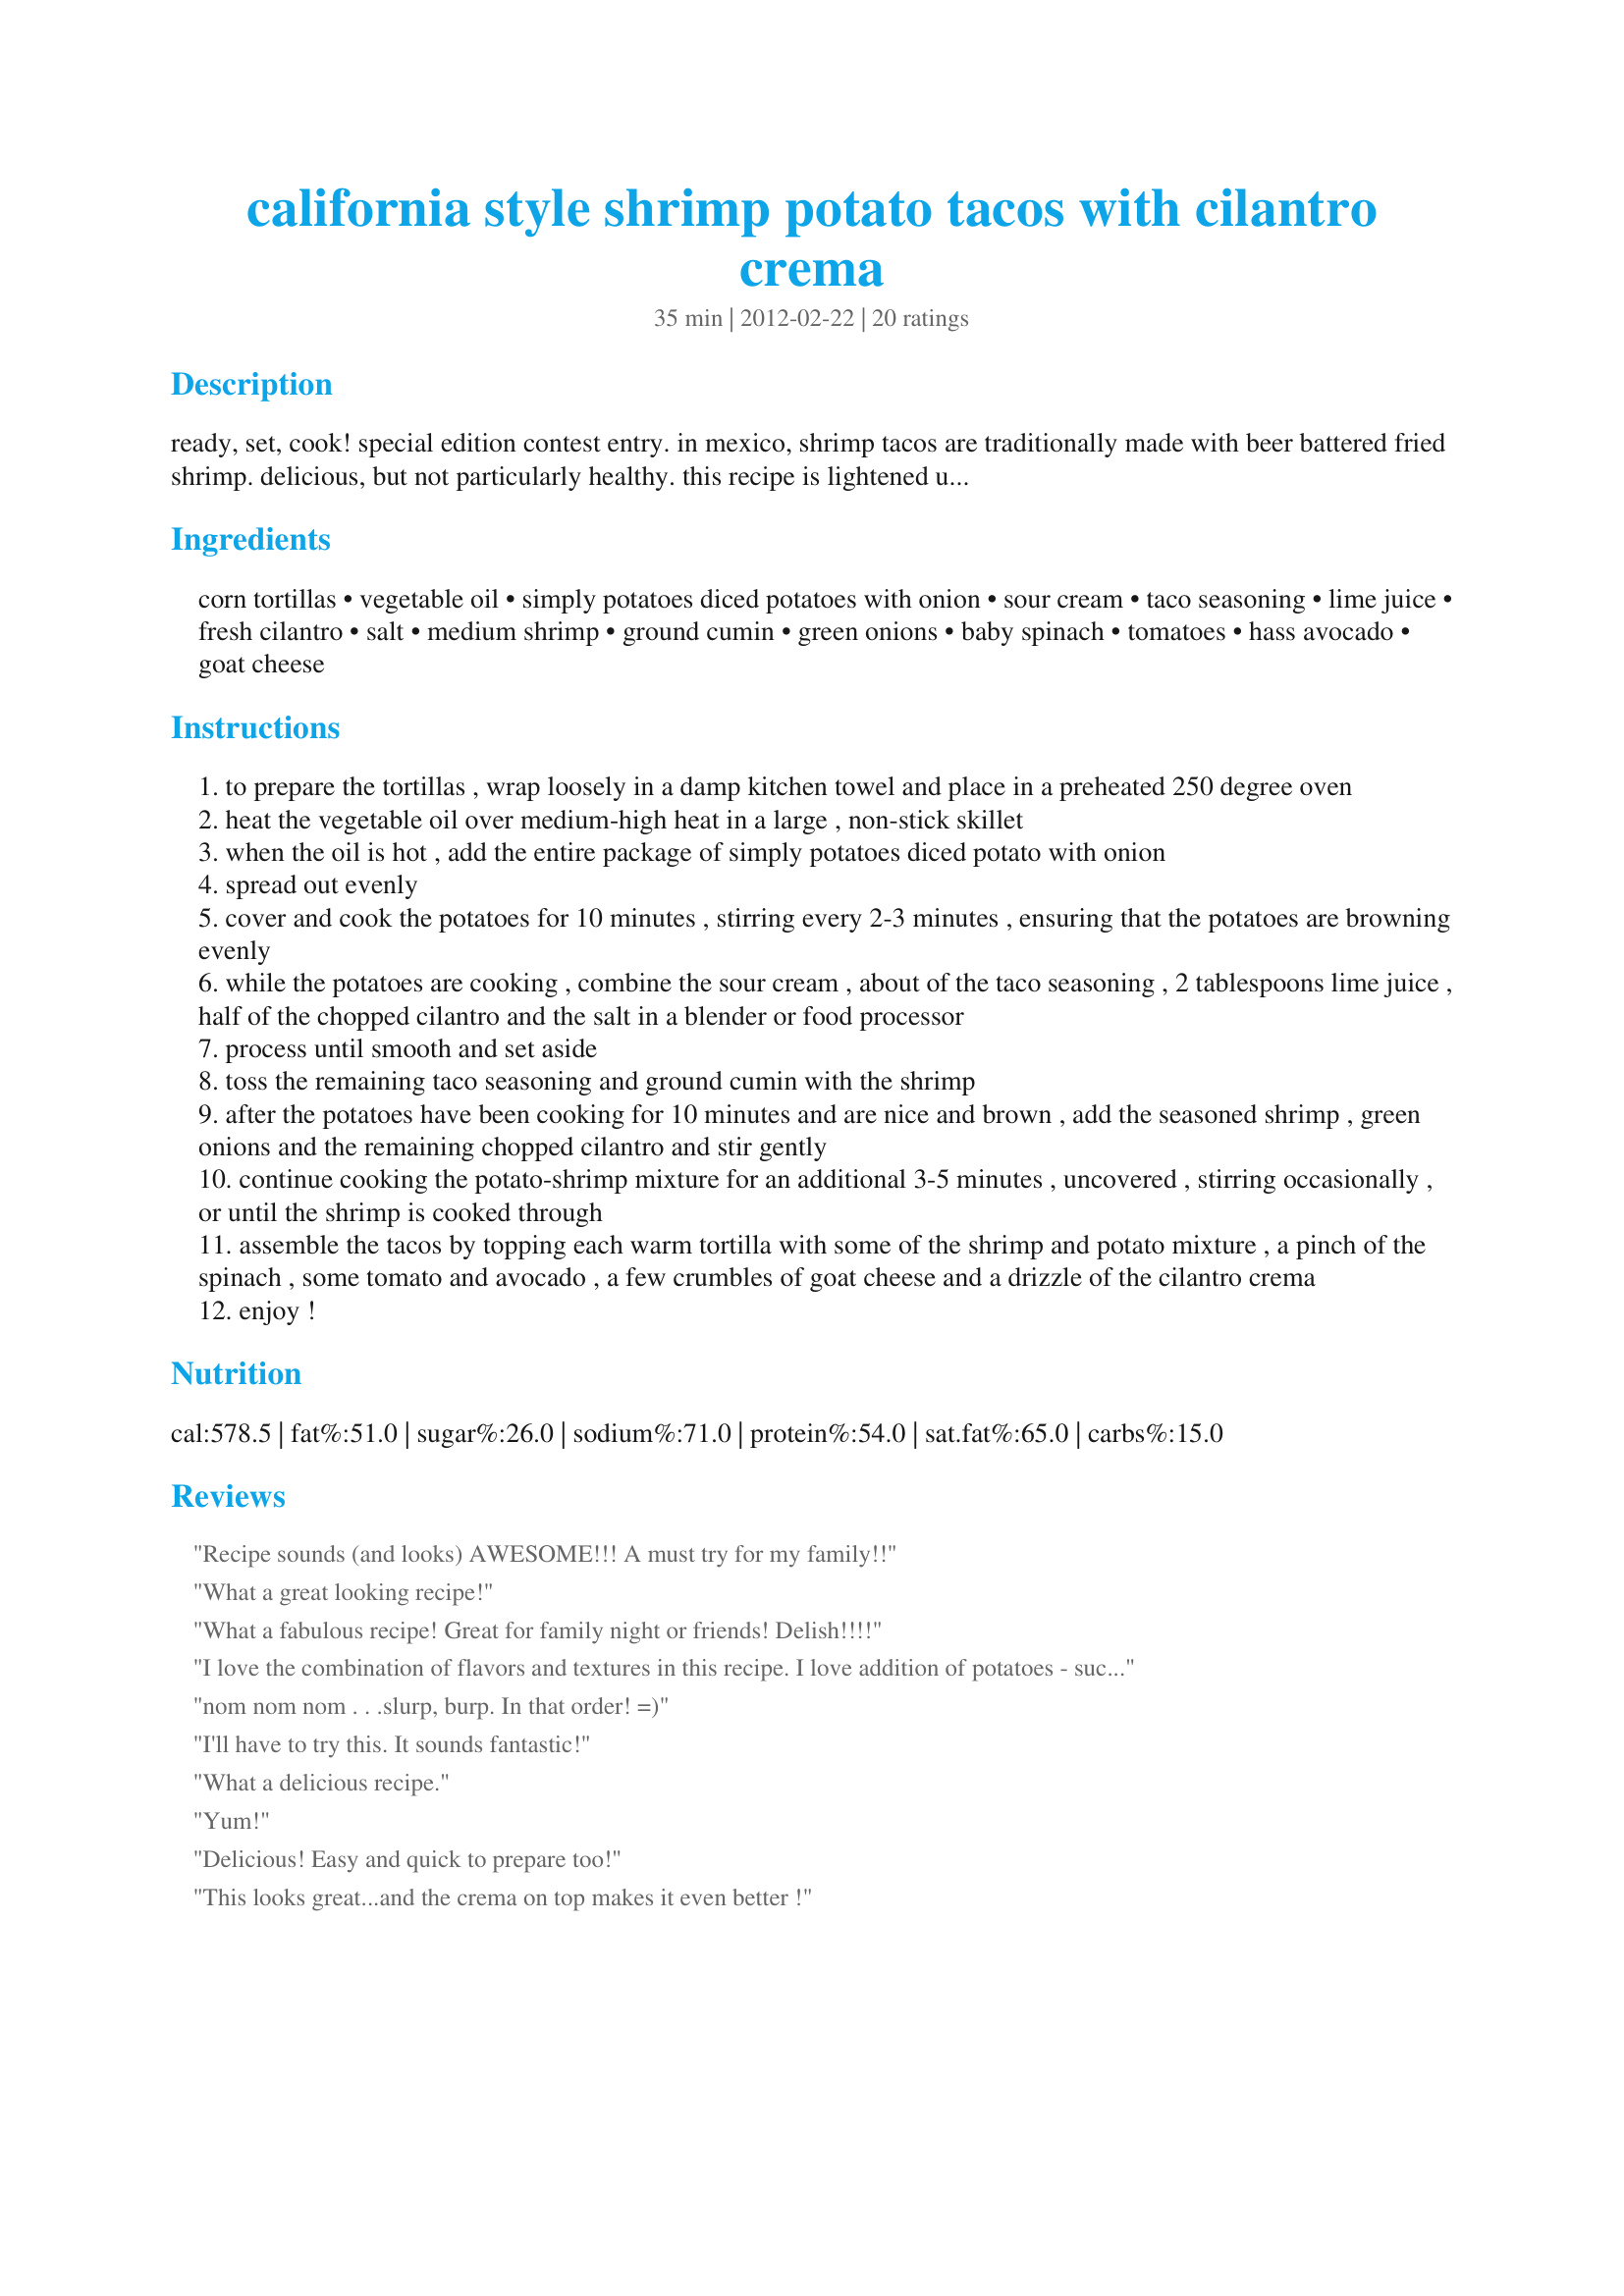
california style shrimp potato tacos with cilantro crema
Preparation time: 35 minutes

ready, set, cook! special edition contest entry. in mexico, shrimp tacos are traditionally made with beer battered fried shrimp. delicious, but not particularly healthy. this recipe is lightened up (no frying) and uses simply potatoes diced potatoes with onions for a hearty flair. and the addition of fresh ingredients such as red, ripe tomatoes, baby spinach, avocado and goat cheese gives these tacos a fresh california twist!

Ingredients:
corn tortillas, vegetable oil, simply potatoes diced potatoes with onion, sour cream, taco seasoning, lime juice, fresh cilantro, salt, medium shrimp, ground cumin, green onions, baby spinach, tomatoes, hass avocado, goat cheese

Steps:
to prepare the tortillas , wrap loosely in a damp kitchen towel and place in a preheated 250 degree oven
heat the vegetable oil over medium-high heat in a large , non-stick skillet
when the oil is hot , add the entire package of simply potatoes diced potato with onion
spread out evenly
cover and cook the potatoes for 10 minutes , stirring every 2-3 minutes , ensuring that the potatoes are browning evenly
while the potatoes are cooking , combine the sour cream , about of the taco seasoning , 2 tablespoons lime juice , half of the chopped cilantro and the salt in a blender or food processor
process until smooth and set aside
toss the remaining taco seasoning and ground cumin with the shrimp
after the potatoes have been cooking for 10 minutes and are nice and brown , add the seasoned shrimp , green onions and the remaining chopped cilantro and stir gently
continue cooking the potato-shrimp mixture for an additional 3-5 minutes , uncovered , stirring occasionally , or until the shrimp is cooked through
assemble the tacos by topping each warm tortilla with some of the shrimp and potato mixture , a pinch of the spinach , some tomato and avocado , a few crumbles of goat cheese and a drizzle of the cilantro crema
enjoy !

Reviews:
Recipe sounds (and looks) AWESOME!!! A must try for my family!!
What a great looking recipe!
What a fabulous recipe! Great for family night or friends! Delish!!!!
I love the combination of flavors and textures in this recipe. I love addition of potatoes - such a clever idea!
nom nom nom . . .slurp, burp. In that order! =)
I'll have to try this. It sounds fantastic!
What a delicious recipe.
Yum!
Delicious! Easy and quick to prepare too!
This looks great...and the crema on top makes it even better !
Sounds wonderful!
Oh my goodness, so delicious!
I made these last night and it was a huge hit with my hubby !!! I almost followed the recipe, I grilled the shrimp on skewers with olive oil with a touch of minced garlic (omitted the 1/2 package of taco seasoning) and added it to the cooked diced potatoes. Adding the sliced avocado, spinach, tomatoes, and cilantro crema made it a perfect taco. I can't wait to make this again.
Now THIS is how you do tacos! Great recipe and Simply Potatoes makes it authentic!
Everything you make is down right delicious! 5-star!
What a great dish! How clever to include potatoes in the tacos - Genius!
Great concept! Easy prep! Love it.
tasty
Gorgeous photo and what a mouthwatering combination of textures and flavors!
Amazing recipe!!
